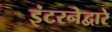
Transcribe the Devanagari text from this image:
इंटरनेद्वारे